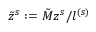
\tilde { z } ^ { s } : = \tilde { M } z ^ { s } / l ^ { ( s ) }